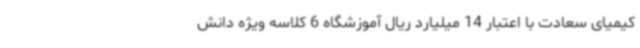
کیمیای سعادت با اعتبار 14 میلیارد ریال آموزشگاه 6 کلاسه ویژه دانش